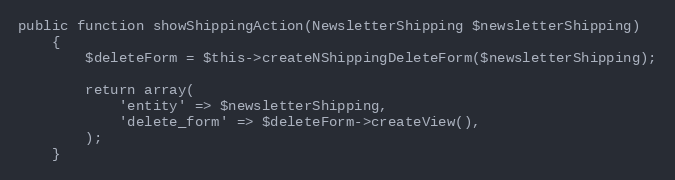
Language: PHP
public function showShippingAction(NewsletterShipping $newsletterShipping)
    {
        $deleteForm = $this->createNShippingDeleteForm($newsletterShipping);

        return array(
            'entity' => $newsletterShipping,
            'delete_form' => $deleteForm->createView(),
        );
    }